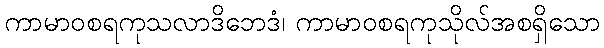
ကာမာဝစရကုသလာဒိဘေဒံ၊ ကာမာဝစရကုသိုလ်အစရှိသော